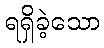
ရရှိခဲ့သော